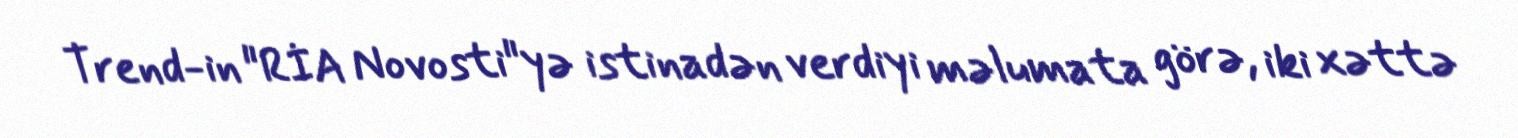
Trend-in "RİA Novosti"yə istinadən verdiyi məlumata görə, iki xəttə